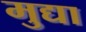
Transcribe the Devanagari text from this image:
मुद्या